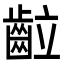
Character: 䶘